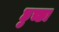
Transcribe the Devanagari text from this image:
छुच्छा